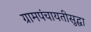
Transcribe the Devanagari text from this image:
ग्रामपंचायतीसुद्धा